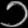
Digit: ၁